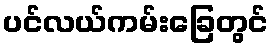
ပင်လယ်ကမ်းခြေတွင်